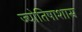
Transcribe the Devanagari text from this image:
ज्योतिषाशास्र